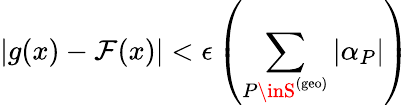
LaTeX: |g(x)-\mathcal{F}(x)|<\epsilon\left(\sum_{P\inS^{\mathrm{{(geo)}}}}|\alpha_{P}|\right)